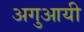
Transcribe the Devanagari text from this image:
अगुआयी